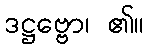
ဒဋ္ဌဗ္ဗော၊ ၏။